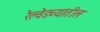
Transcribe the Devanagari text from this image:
रेल्वेडब्यांतील